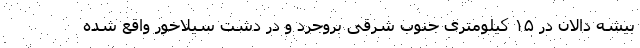
بیشه دالان در ۱۵ کیلومتری جنوب شرقی بروجرد و در دشت سیلاخور واقع شده